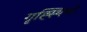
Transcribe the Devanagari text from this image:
गृह्स्थियों